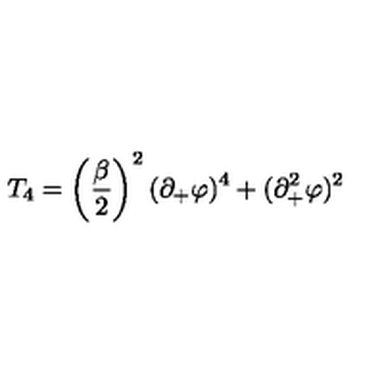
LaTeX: T _ { 4 } = \left( \frac { \beta } { 2 } \right) ^ { 2 } ( \partial _ { + } \varphi ) ^ { 4 } + ( \partial _ { + } ^ { 2 } \varphi ) ^ { 2 }